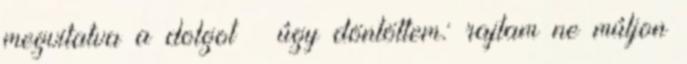
megvitatva a dolgot – úgy döntöttem: rajtam ne múljon